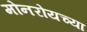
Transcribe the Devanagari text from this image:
मोनरोयच्या